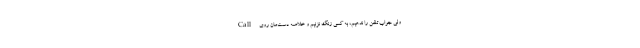
ولی جواب تلفن را ندهیم، به کسی زنگ نزنیم و خلاصه دست‌مان روی Call